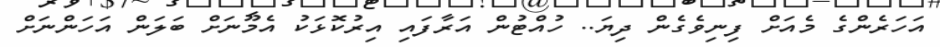
އަހަރެންގެ މެއަށް ފިނިވެގެން ދިޔަ.. ހުއްޓުން އަރާފައި އިރުކޮޅަކު އެމޫނަށް ބަލަން އަހަންނަށް